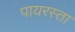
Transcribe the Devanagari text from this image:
पायरस्ता